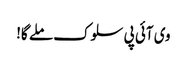
وی آئی پی سلوک ملے گا!